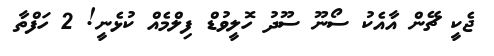
ޖެކީ ޗޭން އާއެކު ސޯނޫ ސޫދު ހޮލީވުޑް ފިލްމެއް ކުޅެނީ! 2 ހަފްތާ